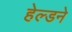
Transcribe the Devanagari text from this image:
हेल्डने